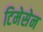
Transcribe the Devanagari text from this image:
टिमेसेन